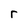
Character: r